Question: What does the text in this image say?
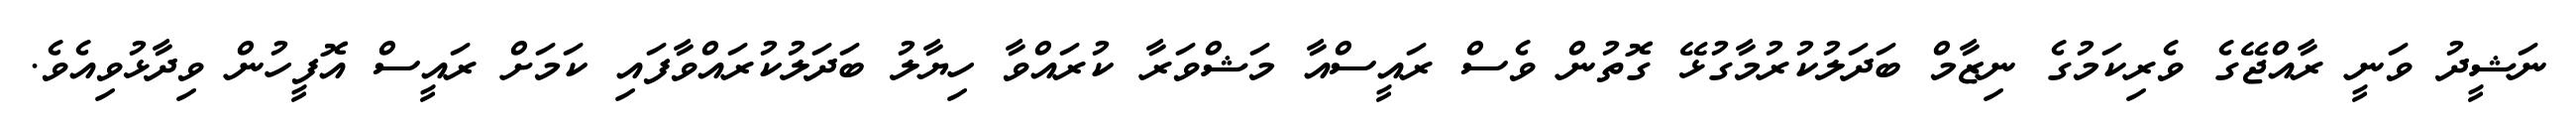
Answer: ނަޝީދު ވަނީ ރާއްޖޭގެ ވެރިކަމުގެ ނިޒާމް ބަދަލުކުރުމާގުޅޭ ގޮތުން ވެސް ރައީސްއާ މަޝްވަރާ ކުރައްވާ ހިޔާލު ބަދަލުކުރައްވާފައި ކަމަށް ރައީސް އޮފީހުން ވިދާޅުވިއެވެ.